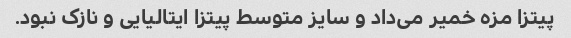
پیتزا مزه خمیر می‌داد و سایز متوسط پیتزا ایتالیایی و نازک نبود.